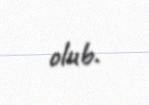
olub.